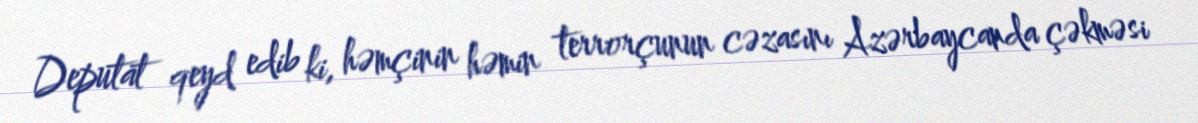
Deputat qeyd edib ki, həmçinin həmin terrorçunun cəzasını Azərbaycanda çəkməsi